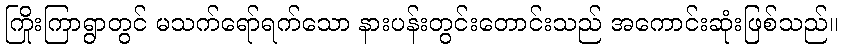
ကြိုးကြာရွာတွင် မသက်ရော်ရက်သော နားပန်းတွင်းတောင်းသည် အကောင်းဆုံးဖြစ်သည်။